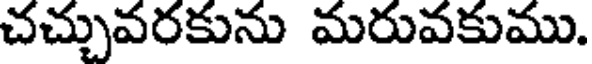
చచ్చువరకును మరువకుము.